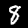
Label: 8